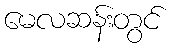
မေလဆန်းတွင်